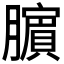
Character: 𬛜